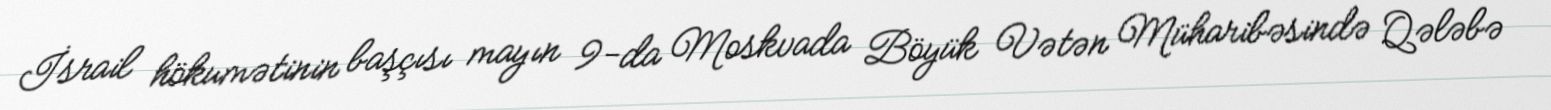
İsrail hökumətinin başçısı mayın 9-da Moskvada Böyük Vətən Müharibəsində Qələbə